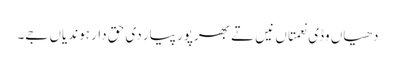
دھیاں وڈی نعمتاں نیں تے بھرپور پیار دی حق دار ہوندیاں جے۔